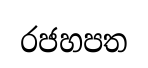
රජහපත